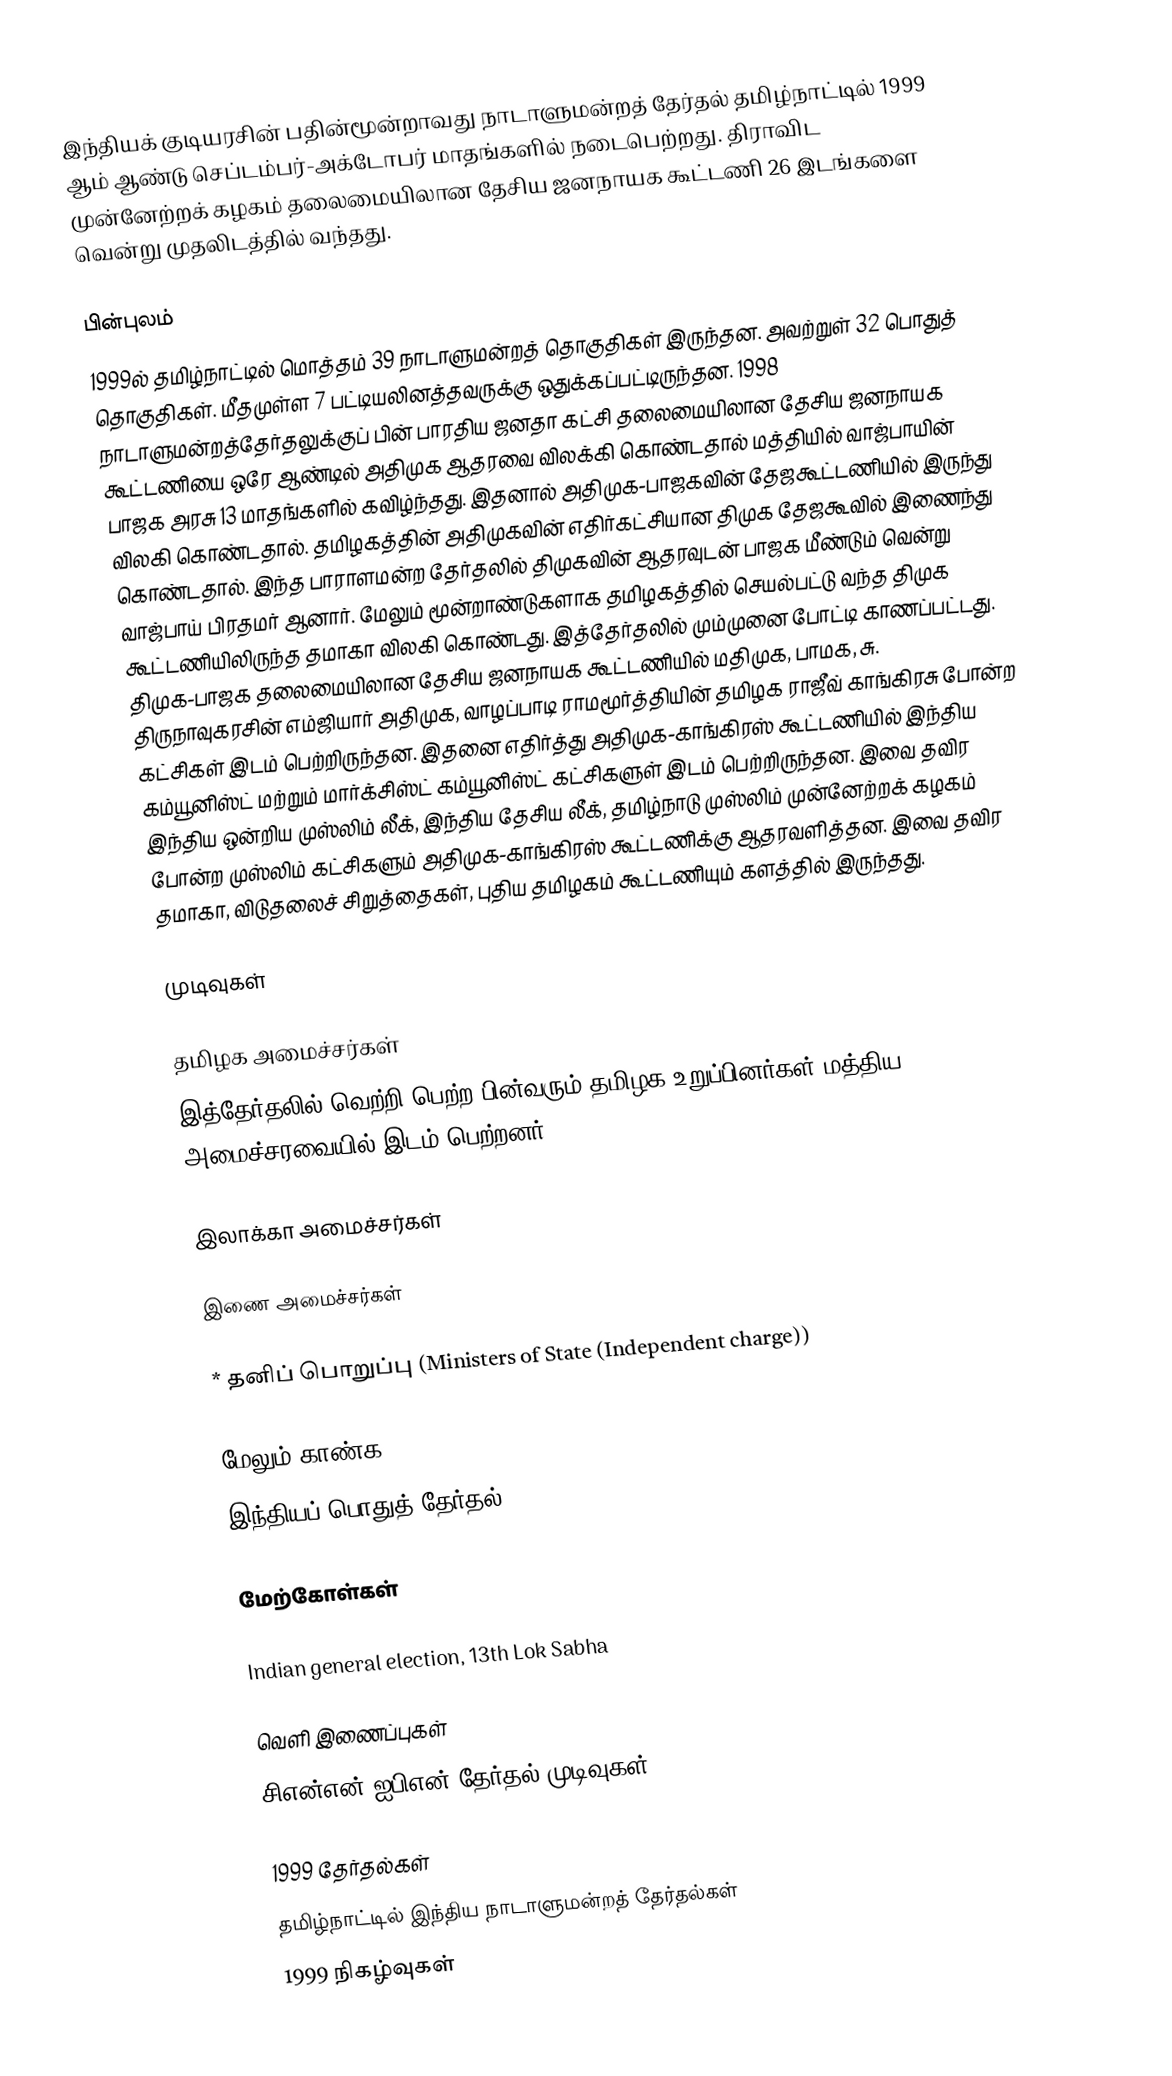
இந்தியக் குடியரசின் பதின்மூன்றாவது நாடாளுமன்றத் தேர்தல் தமிழ்நாட்டில் 1999 ஆம் ஆண்டு செப்டம்பர்-அக்டோபர் மாதங்களில் நடைபெற்றது. திராவிட முன்னேற்றக் கழகம் தலைமையிலான தேசிய ஜனநாயக கூட்டணி 26 இடங்களை வென்று முதலிடத்தில் வந்தது.

பின்புலம்
1999ல் தமிழ்நாட்டில் மொத்தம் 39 நாடாளுமன்றத் தொகுதிகள் இருந்தன. அவற்றுள் 32 பொதுத் தொகுதிகள். மீதமுள்ள 7 பட்டியலினத்தவருக்கு ஒதுக்கப்பட்டிருந்தன. 1998 நாடாளுமன்றத்தேர்தலுக்குப் பின் பாரதிய ஜனதா கட்சி தலைமையிலான தேசிய ஜனநாயக கூட்டணியை ஒரே ஆண்டில் அதிமுக ஆதரவை விலக்கி கொண்டதால் மத்தியில் வாஜ்பாயின்  பாஜக அரசு 13 மாதங்களில் கவிழ்ந்தது. இதனால் அதிமுக-பாஜகவின் தேஜகூட்டணியில் இருந்து விலகி கொண்டதால். தமிழகத்தின் அதிமுகவின் எதிர்கட்சியான திமுக தேஜகூவில் இணைந்து கொண்டதால். இந்த பாராளமன்ற தேர்தலில் திமுகவின் ஆதரவுடன் பாஜக மீண்டும் வென்று வாஜ்பாய் பிரதமர் ஆனார். மேலும் மூன்றாண்டுகளாக தமிழகத்தில் செயல்பட்டு வந்த திமுக கூட்டணியிலிருந்த தமாகா விலகி கொண்டது. இத்தேர்தலில் மும்முனை போட்டி காணப்பட்டது. திமுக-பாஜக தலைமையிலான தேசிய ஜனநாயக கூட்டணியில் மதிமுக, பாமக, சு. திருநாவுகரசின் எம்ஜியார் அதிமுக, வாழப்பாடி ராமமூர்த்தியின் தமிழக ராஜீவ் காங்கிரசு போன்ற கட்சிகள் இடம் பெற்றிருந்தன. இதனை எதிர்த்து அதிமுக-காங்கிரஸ் கூட்டணியில் இந்திய கம்யூனிஸ்ட் மற்றும் மார்க்சிஸ்ட் கம்யூனிஸ்ட் கட்சிகளுள் இடம் பெற்றிருந்தன. இவை தவிர இந்திய ஒன்றிய முஸ்லிம் லீக், இந்திய தேசிய லீக், தமிழ்நாடு முஸ்லிம் முன்னேற்றக் கழகம் போன்ற முஸ்லிம் கட்சிகளும் அதிமுக-காங்கிரஸ் கூட்டணிக்கு ஆதரவளித்தன. இவை தவிர தமாகா, விடுதலைச் சிறுத்தைகள், புதிய தமிழகம் கூட்டணியும் களத்தில் இருந்தது.

முடிவுகள்

தமிழக அமைச்சர்கள்
இத்தேர்தலில் வெற்றி பெற்ற பின்வரும் தமிழக உறுப்பினர்கள் மத்திய அமைச்சரவையில் இடம் பெற்றனர்:

இலாக்கா அமைச்சர்கள்

இணை அமைச்சர்கள்

* தனிப் பொறுப்பு (Ministers of State (Independent charge))

மேலும் காண்க
இந்தியப் பொதுத் தேர்தல், 1999

மேற்கோள்கள்

Indian general election, 13th Lok Sabha

வெளி இணைப்புகள்
 சிஎன்என்-ஐபிஎன் தேர்தல் முடிவுகள்

1999 தேர்தல்கள்
தமிழ்நாட்டில் இந்திய நாடாளுமன்றத் தேர்தல்கள்
1999 நிகழ்வுகள்